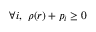
\forall i , \, \, \rho ( r ) + p _ { i } \geq 0